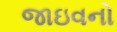
જાઇવનો